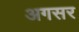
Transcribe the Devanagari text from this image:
अगसर